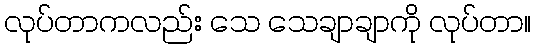
လုပ်တာကလည်း သေ သေချာချာကို လုပ်တာ။